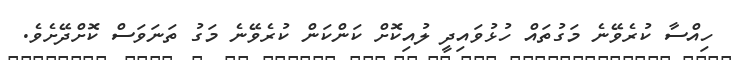
ހިއްސާ ކުރެވޭނެ މަގުތައް ހުޅުވައިދީ ލުއިކޮށް ކަންކަން ކުރެވޭނެ މަގު ތަނަވަސް ކޮށްދޭށެވެ.